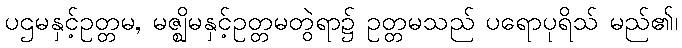
ပဌမနှင့်ဥတ္တမ, မဇ္ဈိမနှင့်ဥတ္တမတွဲရာ၌ ဥတ္တမသည် ပရောပုရိသ် မည်၏၊